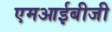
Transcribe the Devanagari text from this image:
एमआईबीजी